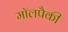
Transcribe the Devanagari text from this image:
मॉलपैकी